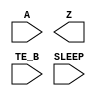
module sky130_fd_sc_lp__busdrivernovlpsleep (
    //# {{data|Data Signals}}
    input  A    ,
    output Z    ,

    //# {{control|Control Signals}}
    input  TE_B ,

    //# {{power|Power}}
    input  SLEEP
);

    // Voltage supply signals
    supply1 VPWR ;
    supply0 VGND ;
    supply1 KAPWR;
    supply1 VPB  ;
    supply0 VNB  ;

endmodule